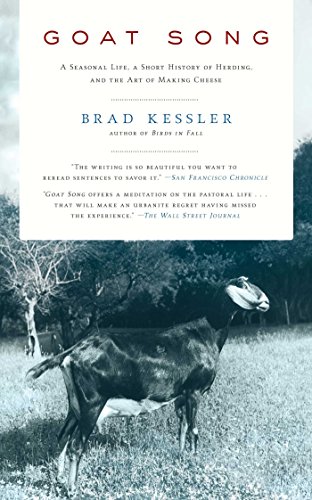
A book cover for Goat Song: A Seasonal Life, A Short History of Herding, and the Art of Making Cheese; Brad Kessler; Cookbooks, Food & Wine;